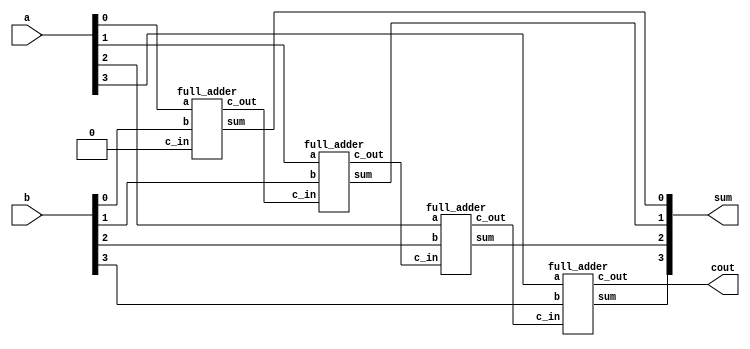
`timescale 1ns / 1ps
module ripple_carry_adder(input [3:0] a,b,output [3:0] sum,output cout);
wire w1,w2,w3;
full_adder fa1(a[0],b[0],1'b0,sum[0],w1);
full_adder fa2(a[1],b[1],w1,sum[1],w2);
full_adder fa3(a[2],b[2],w2,sum[2],w3);
full_adder fa4(a[3],b[3],w3,sum[3],cout);
endmodule

module full_adder(input a,b,c_in,output sum,c_out);
assign sum = a^b^c_in;
assign c_out = ((a^b)&c_in) | (a&b);
endmodule